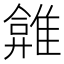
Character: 𩀂